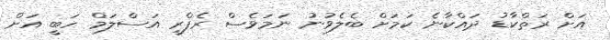
އަށް ރަތްކާޑު ދައްކާނެ ކަމަށް ބެލެވުނު ނަމަވެސް ރެފްރީ އަސްލަމް ހަބީ އަށް